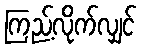
ကြည့်လိုက်လျှင်